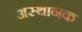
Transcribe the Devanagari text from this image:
अस्थानक